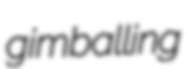
gimballing